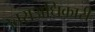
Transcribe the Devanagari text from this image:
उत्तराअधिकारी